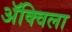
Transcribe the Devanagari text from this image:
ॲक्विला